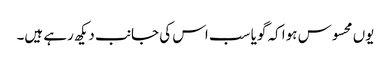
یوں محسوس ہوا کہ گویا سب اس کی جانب دیکھ رہے ہیں۔